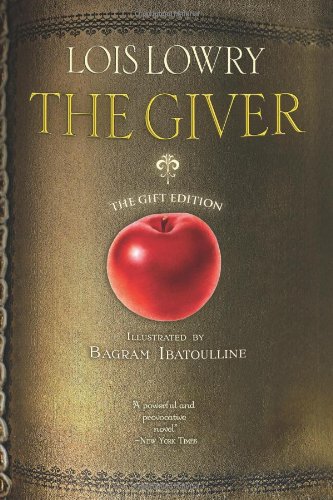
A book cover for The Giver (illustrated; gift edition) (Giver Quartet); Lois Lowry; Teen & Young Adult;